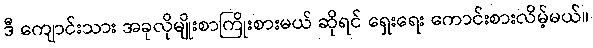
ဒီ ကျောင်းသား အခုလိုမျိုးစာကြိုးစားမယ် ဆိုရင် ရှေးရေး ကောင်းစားလိမ့်မယ်။